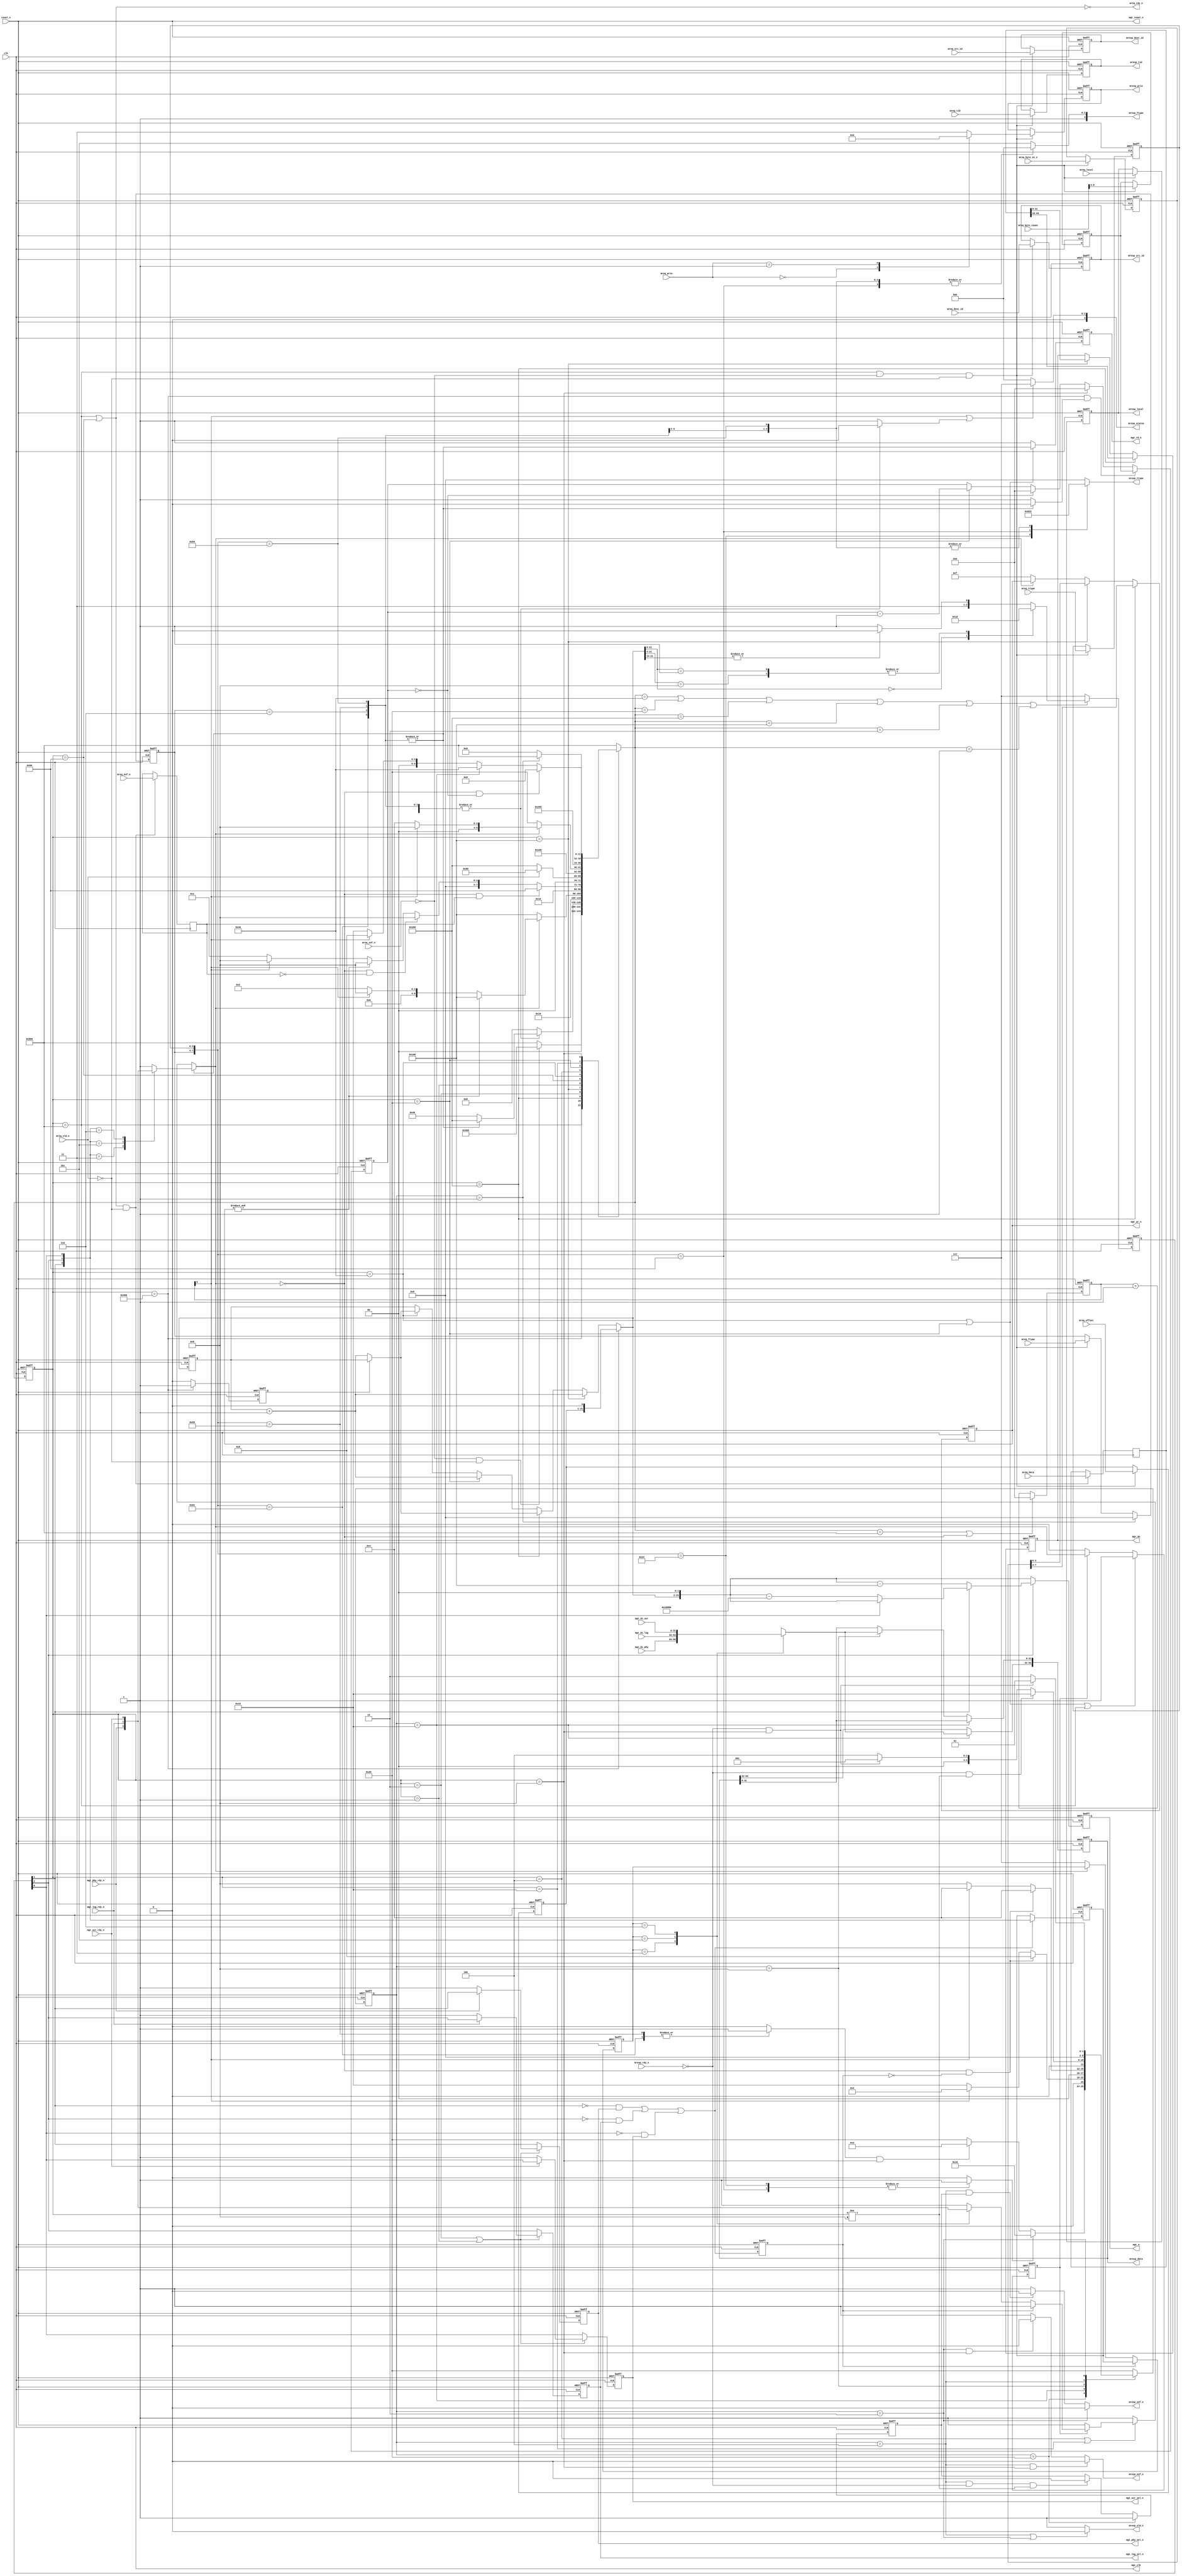
/******************************************************************************
  Copyright (c) 1995-2008 by Xilinx, Inc. All rights reserved.
  This text/file contains proprietary, confidential
  information of Xilinx, Inc., is distributed under license
  from Xilinx, Inc., and may be used, copied and/or
  disclosed only pursuant to the terms of a valid license
  agreement with Xilinx, Inc. Xilinx hereby grants you a
  license to use this text/file solely for design, simulation,
  implementation and creation of design files limited
  to Xilinx devices or technologies. Use with non-Xilinx
  devices or technologies is expressly prohibited and
  immediately terminates your license unless covered by
  a separate agreement.

  Xilinx is providing this design, code, or information
  "as-is" solely for use in developing programs and
  solutions for Xilinx devices, with no obligation on the
  part of Xilinx to provide support. By providing this design,
  code, or information as one possible implementation of
  this feature, application or standard, Xilinx is making no
  representation that this implementation is free from any
  claims of infringement. You are responsible for
  obtaining any rights you may require for your implementation.
  Xilinx expressly disclaims any warranty whatsoever with
  respect to the adequacy of the implementation, including
  but not limited to any warranties or representations that this
  implementation is free from claims of infringement, implied
  warranties of merchantability or fitness for a particular
  purpose.

  Xilinx products are not intended for use in life support
  appliances, devices, or systems. Use in such applications is
  expressly prohibited.

  Any modifications that are made to the Source Code are
  done at the user sole risk and will be unsupported.

  This copyright and support notice must be retained as part
  of this text at all times. (c) Copyright 1995-2008 Xilinx, Inc.
  All rights reserved.

       File:  reg_manager.v
        Rev:  $REV$
Description:  The Register Manager provides read and write access to the
              entire RapidIO configuration space through a single interface.
              It acts as a master on a maintenance bus connecting the
              configuration ports of all RapidIO layers as well as one user
              agent potentially mapped into the configuration space.

******************************************************************************/
`timescale 1 ps / 1 ps

module reg_manager #(
  parameter TCQ = 100
)(
  /*AUTOARG*/
  // Inputs
  clk, reset_n,
  mreq_sof_n, mreq_eof_n, mreq_vld_n, mreq_local, mreq_ftype, mreq_ttype,
  mreq_src_id, mreq_dest_id, mreq_tid, mreq_prio, mreq_byte_count, 
  mreq_byte_en_n,mreq_data, mreq_offset, mresp_rdy_n,
  mgt_phy_rdy_n, mgt_log_rdy_n, mgt_usr_rdy_n, mgt_di_phy, mgt_di_log,
  mgt_di_usr,

  // Ouputs
  mresp_sof_n, mresp_eof_n, mresp_vld_n, mresp_local, mresp_ftype,
  mresp_ttype, mresp_dest_id, mresp_src_id, mresp_tid, mresp_prio, 
  mresp_status, mresp_data, mreq_rdy_n,
  mgt_clk, mgt_reset_n, mgt_a, mgt_do, mgt_wr_n, mgt_rd_n, mgt_phy_sel_n,
  mgt_log_sel_n, mgt_usr_sel_n
);

  // Physical layer offset
  localparam PHY_OFFSET = 12'h100;

  // User Space
  localparam RM_USER_SPACE_MAPPED = 1;
  localparam USR_OFFSET           = 20'h1_0000;

  // Receive state machine state
  localparam REG_RX_IDLE     = 12'h800;
  localparam RX_DECODE       = 12'h400;
  localparam RX_W0           = 12'h200;
  localparam RX_W1           = 12'h100;
  localparam RX_GDATA        = 12'h080;
  localparam RX_R0           = 12'h040;
  localparam RX_R1           = 12'h020;
  localparam RX_TX           = 12'h010;
  localparam RX_WAIT         = 12'h008;
  localparam RX_R0_WAIT      = 12'h004;
  localparam RX_W0_WAIT      = 12'h002;
  localparam RX_W1_WAIT      = 12'h001;

  // Transmit state machine states
  localparam TX_IDLE         = 6'b100000;
  localparam TX_GET_D0       = 6'b010000;
  localparam TX_GET_D1       = 6'b001000;
  localparam TX_SEND_PACKET  = 6'b000100;
  localparam TX_STATUS_RESP  = 6'b000010;
  localparam TX_DONE         = 6'b000001;

  //------------------------------------------------------------------------------
  // Port declaration

  // Response path
  output          mresp_sof_n;
  output          mresp_eof_n;
  output          mresp_vld_n;
  output          mresp_local;
  output  [0:3]   mresp_ftype;
  output  [0:3]   mresp_ttype;
  output  [0:15]  mresp_dest_id;
  output  [0:15]  mresp_src_id;
  output  [0:7]   mresp_tid;
  output  [0:1]   mresp_prio;
  output  [0:3]   mresp_status;
  output  [0:63]  mresp_data;
  // Request path
  output          mreq_rdy_n;
  // Management path
  output          mgt_clk;
  output          mgt_reset_n;
  output  [0:23]  mgt_a;
  output  [0:31]  mgt_do;
  output  [0:3]   mgt_wr_n;
  output          mgt_rd_n;
  output          mgt_phy_sel_n;
  output          mgt_log_sel_n;
  output          mgt_usr_sel_n;

  // System
  input           clk;
  input           reset_n;
  // Request path
  input           mreq_sof_n;
  input           mreq_eof_n;
  input           mreq_vld_n;
  input           mreq_local;
  input   [0:3]   mreq_ftype;
  input   [0:3]   mreq_ttype;
  input   [0:15]  mreq_src_id;
  input   [0:15]  mreq_dest_id;
  input   [0:7]   mreq_tid;
  input   [0:1]   mreq_prio;
  input   [0:8]   mreq_byte_count;
  input   [0:7]   mreq_byte_en_n;
  input   [0:63]  mreq_data;
  input   [0:20]  mreq_offset;
  // Response path
  input           mresp_rdy_n;
  // Management path
  input   [0:31]  mgt_di_phy;
  input   [0:31]  mgt_di_log;
  input   [0:31]  mgt_di_usr;
  input           mgt_phy_rdy_n;
  input           mgt_log_rdy_n;
  input           mgt_usr_rdy_n;


  //------------------------------------------------------------------------------
  // Register and Wire Definition
  reg             mreq_eof_q_n;
  reg             mreq_local_q;
  reg     [0:3]   mreq_ftype_q;
  reg     [0:3]   mreq_ttype_q;
  reg     [0:15]  mreq_src_id_q;
  reg     [0:15]  mreq_dest_id_q;
  reg     [0:7]   mreq_tid_q;
  reg     [0:1]   mreq_prio_q;
  reg     [0:5]   mreq_byte_count_q;
  reg     [0:7]   mreq_byte_en_q_n;
  reg     [0:63]  mreq_data_q;
  reg     [0:20]  mreq_offset_q;
  reg     [0:23]  mgt_a;
  reg     [0:31]  mgt_do;

  reg     [0:21]  word_addr_counter, q_word_addr_counter;
  reg             first_time, q_first_time;

  reg     [5:0]   time_out_cntr;
  wire            req_timeout;
  reg             mgt_rd_n;

  reg     [0:5]   tx_cs;
  reg     [0:5]   tx_ns;

  reg     [0:11]   rx_cs;
  reg     [0:11]   rx_ns;

  reg             read_req;
  reg             command_error;

  reg     [0:3]   mgt_wr_n;
  reg     [0:2]   hit_n;
  reg     [0:2]   q_hit_n;

  reg     [0:5]   req_dword_rem;
  reg             mgt_phy_sel_n;
  reg             mgt_log_sel_n;
  reg             mgt_usr_sel_n;
  wire            mgt_phy_sel_n_wire;
  wire            mgt_log_sel_n_wire;
  wire            mgt_usr_sel_n_wire;

  wire            mgt_phy_sel_fall;
  wire            mgt_log_sel_fall;
  wire            mgt_usr_sel_fall;
  wire            sel_fell;
  reg             sel_fell_q;
  reg     [0:2]   sel_bus, sel_bus_q;

  reg             rdy_n;

  reg     [0:3]   mresp_ftype;
  reg     [0:3]   mresp_ttype;
  reg     [0:3]   mresp_status;

  reg             mresp_sof_n;
  reg             mresp_eof_n;
  reg             mresp_vld_n;

  reg             resp_w_data ;
  reg             resp_wo_data;

  reg     [0:63]  mresp_data;
  reg     [0:31]  mgt_rx_data;
  reg             rdy_q_n;
  reg             first_packet;
  reg  [0:1]      next_resp_prio;


  //------------------------------------------------------------------------------
  // Output assignments

  assign  mgt_clk         = clk;
  assign  mgt_reset_n     = reset_n;
  assign  mresp_dest_id   = mreq_src_id_q;
  assign  mresp_src_id    = mreq_dest_id_q;
  assign  mresp_tid       = mreq_tid_q;
  assign  mresp_prio      = mreq_prio_q;
  assign  mresp_local     = mreq_local_q;
  assign  mreq_rdy_n      = !(rx_cs == REG_RX_IDLE | rx_cs == RX_GDATA);



  //------------------------------------------------------------------------------
  // RECEIVE STATE MACHINE
  //
  // The receive state machine is used to receive packets from the MREQ port
  // and then perform the correct operations on the mgt port for reads and
  // writes.
  //
  // This state machine operates in conjunction with the TRANSMIT STATE
  // MACHINE when a received packet requires a response.  The types of
  // responses may or may not contain data.

  // Register for state machine
  always @(posedge clk or negedge reset_n)
    begin
      if (!reset_n)
        rx_cs                <= #TCQ REG_RX_IDLE;
      else
        rx_cs                <= #TCQ rx_ns;
    end

  // Next state logic
  always @*
    begin
      case (rx_cs)
        REG_RX_IDLE: begin
          // When we receive a packet, go to the decode state
          if (!mreq_sof_n & !mreq_vld_n)
            rx_ns = RX_DECODE;
          else
            rx_ns = REG_RX_IDLE;
          end

        // Decode the type of packet (read or write)
        RX_DECODE: begin
          // If the ftype or ttype is not recognized,
          // Do not do anything.  Wait for an error
          // to be signaled
          if (command_error)
            rx_ns = RX_WAIT;
          // If it is not a read, go the write state
          else if (!read_req)
            rx_ns = RX_W0;
          // If it is a read, go to the read state
          else
            rx_ns = RX_R0;
          end

        // Delay by 1 cycle because of pipelining in other signals
        RX_W0: begin
           rx_ns = RX_W0_WAIT;
        end


        // Write dword 0 to the mgt port
        RX_W0_WAIT: begin
          // In the write dword 0 state, stay hear until the write is confirmed
          if (!rdy_n)
            rx_ns = RX_W1;
          // We need this because there might be no DWORD0 to write, but a DWORD1 only...
          // so we need to progress right away..
          else if (&mgt_wr_n)
            rx_ns = RX_W1;
          // If the write is not confirmed before the timeout, send back an
          // error
          else if (req_timeout)
            rx_ns = RX_WAIT;
          else
            //rx_ns = RX_W0;
            rx_ns = RX_W0_WAIT;
          end

        // Delay by 1 cycle because of pipelining in other signals
        RX_W1: begin
           rx_ns = RX_W1_WAIT;
        end


        // Write dword 1 to the mgt port
        RX_W1_WAIT: begin
          // Write dword 1 has happened and it was not the last dword
          // so go to the get more data state
          if (!rdy_n & mreq_eof_q_n)
            rx_ns = RX_GDATA;
          // The last packet is accepted, wait for a response to be
          // sent back
          else if (!rdy_n & !mreq_eof_q_n)
            rx_ns = RX_WAIT;
          // There is nothing to write
          else if (&mgt_wr_n)
            rx_ns = RX_WAIT;
          // If the write is not confirmed before the timeout, send back an
          // error
          else if (req_timeout)
            rx_ns = RX_WAIT;
          else
            rx_ns = RX_W1_WAIT;
          end

        // Need to get more data to write
        RX_GDATA: begin
          // Once we receive more data, go to the write states to write it
          if (!mreq_vld_n)
            rx_ns = RX_W0;
          else
            rx_ns = RX_GDATA;
          end

        //  Place read request on mgt port for one clock cycle
        RX_R0: begin
            rx_ns = RX_R0_WAIT;
          end

        // Wait for the read to complete
        RX_R0_WAIT: begin
          // If ready is asserted, the read from dword 0 is complete
          if (!rdy_n)
            rx_ns = RX_R1;
          // If the read is not confirmed before the timeout, send back an
          // error
          else if (req_timeout)
            rx_ns = RX_WAIT;
          else
            rx_ns = RX_R0_WAIT;
          end

        // Place read request on mgt port for one clock cycle
        RX_R1: begin
         // if logical read, need to wait an extra clk cycle
            rx_ns = RX_TX;
         end

        // This state is used when waiting for dword 1 to be read.
        // If there are no more dwords to be read once dword 1 is read,
        // we go towait state while the final packet is sent out the
        // mresp port.
        //
        // If there is more data to be sent, we wait until the TX state
        // machine has sent the data packet and is ready to accept new data.
        //
        // Finally, if the read does not happen and a timeout occurs, go
        // to the wait state and wait for an error to be sent back
        RX_TX: begin
          if (!rdy_n & req_dword_rem == 0)
            rx_ns = RX_WAIT;
          else if (tx_cs == TX_GET_D0)
            rx_ns = RX_R0;
          else if (req_timeout)
            rx_ns = RX_WAIT;
          else
            rx_ns = RX_TX;
          end

        // Wait in this state until the TX state machine has sent the packet
        // on the mresp port
        RX_WAIT: begin
          if (tx_cs == TX_DONE)
            rx_ns = REG_RX_IDLE;
          else
            rx_ns = RX_WAIT;
          end

          default: begin
            rx_ns = REG_RX_IDLE;
            end

        endcase
    end

  //------------------------------------------------------------------------------
  // TRANSMIT STATE MACHINE
  //
  // This state machine is used to when responses are necessary.
  // These responses include responses to writes as well as data
  // for read requests
  //
  // A possible problem with this setup is that read requests
  // that do not error out on the first packet of a response can
  // not signal an error if there is a problem with subsequent data.
  //
  // One way around this would be to buffer all data to be sent on
  // the mresp port before sending it.  The current implementation
  // sends data to the mresp port as soon as it is received from the
  // mgt port.  This saves resources at the expense of not handling
  // exceptions very well.
  //
  // In case there is an error during the read, the last qword of
  // data will be sent and the packet is ended prematurely
  //
  // Another possible problem is that for streaming writes that have
  // a timeout, an error packet will be created and sent back to the
  // sender.  However, all registers up to the register that timed
  // out will have been written.

  // Register for state machine
  always @(posedge clk or negedge reset_n)
    begin
      if (!reset_n)
        tx_cs                <= #TCQ TX_IDLE;
      else
        tx_cs                <= #TCQ tx_ns;
    end

  // Next state logic
  always @*
     case (tx_cs)

        // If we have a read that requires data, get ready
        // to receive data.
        // If we just need to send a status response, wait until the
        // RX state machine is done receiving data correctly and is going to
        // transition into the RX_WAIT state.
        TX_IDLE: begin
          if (resp_w_data)
            tx_ns = TX_GET_D0;
          else if (resp_wo_data & rx_cs == RX_WAIT) // Can wait for the current state
            tx_ns = TX_STATUS_RESP;
          else
            tx_ns = TX_IDLE;
          end

        // Wait for dword 0 of the read packet.  If there is a timeout,
        // send the packet short.
        TX_GET_D0: begin
          if(!rdy_n && !sel_fell_q)
            tx_ns = TX_GET_D1;
          else if (req_timeout)
            tx_ns = TX_SEND_PACKET;
          else
            tx_ns = TX_GET_D0;
          end

        // Wait for dword 1 of the read packet.  If there is a timeout,
        // send the packet short.
        TX_GET_D1: begin
          if(!rdy_n && !sel_fell_q)
            tx_ns = TX_SEND_PACKET;
          else if (req_timeout)
            tx_ns = TX_SEND_PACKET;
          else
            tx_ns = TX_GET_D1;
          end

        // Dword 0 and Dword 1 are full and ready to be sent to the MRESP
        // port.  If the receiver is not in the wait state (more data to read)
        // and the packet has been accepted, get ready to accept more data.
        //
        // If data is accepted and the RX state machine is done receiving
        // data, go to the idle state.
        //
        // Other wise, continue to try and send the packet on the mresp port.
        TX_SEND_PACKET: begin
          if(!mresp_rdy_n & rx_cs != RX_WAIT)
            tx_ns = TX_GET_D0;
          else if (!mresp_rdy_n & rx_cs == RX_WAIT)
            tx_ns = TX_DONE;
          else
            tx_ns = TX_SEND_PACKET;
          end

        // This state is used to send single cycle status responses.
        // These responses include errors and write completions.
        TX_STATUS_RESP: begin
          if (!mresp_rdy_n & rx_cs == RX_WAIT)
            tx_ns = TX_DONE;
          else
            tx_ns = TX_STATUS_RESP;
          end

        // Signal the RX to finish
        TX_DONE: begin
            tx_ns = TX_IDLE;
          end

          default: tx_ns = TX_IDLE;

      endcase

  //------------------------------------------------------------------------------
  // MREQ Capture registers

   always@( mreq_prio )
   begin
      case(mreq_prio[0:1])
         2'b00   : next_resp_prio[0:1] = 2'b01;
         2'b01   : next_resp_prio[0:1] = 2'b10;
         default : next_resp_prio[0:1] = 2'b11;
      endcase
   end

  // Capture the data from MREQ port
  always @(posedge clk or negedge reset_n)
    begin
      if (!reset_n)
        begin
          mreq_local_q          <= #TCQ 1'b0;
          mreq_ttype_q          <= #TCQ 4'h0;
          mreq_src_id_q         <= #TCQ 16'h0;
          mreq_dest_id_q        <= #TCQ 16'h0;
          mreq_tid_q            <= #TCQ 8'h0;
          mreq_prio_q           <= #TCQ 2'b00;
          mreq_byte_count_q     <= #TCQ 6'h0;
          mreq_byte_en_q_n      <= #TCQ 8'hFF;
          mreq_offset_q         <= #TCQ 21'h0;
        end
      else if(rx_cs == REG_RX_IDLE & !mreq_sof_n && !mreq_vld_n)
        begin
          mreq_local_q          <= #TCQ mreq_local;
          mreq_ttype_q          <= #TCQ mreq_ttype;
          mreq_src_id_q         <= #TCQ mreq_src_id;
          mreq_dest_id_q        <= #TCQ mreq_dest_id;
          mreq_tid_q            <= #TCQ mreq_tid;
          mreq_prio_q[0:1]      <= #TCQ next_resp_prio[0:1];
          mreq_byte_count_q     <= #TCQ mreq_byte_count[0:5];
          mreq_byte_en_q_n      <= #TCQ mreq_byte_en_n;
          mreq_offset_q         <= #TCQ mreq_offset;
        end
    end

  // Capture FTYPE from the MREQ port
  // Since the ftype is used to determine if a response is needed, it
  // is cleared when the last dword of a packet is accepted on the MRESP
  // port
  always @(posedge clk or negedge reset_n)
    begin
      if (!reset_n)
        mreq_ftype_q          <= #TCQ 4'h0;
      else if (tx_cs == TX_DONE)
        mreq_ftype_q          <= #TCQ 4'h0;
      else if(rx_cs == REG_RX_IDLE & !mreq_sof_n && !mreq_vld_n)
        mreq_ftype_q          <= #TCQ mreq_ftype;
    end

  // While fields like address are only captured on the first clock cycle,
  // eof and data are captured whenever there is valid data.
  always @(posedge clk)
    begin
       if((rx_cs == REG_RX_IDLE | rx_cs == RX_GDATA) & !mreq_vld_n)
        begin
          mreq_eof_q_n  <= #TCQ mreq_eof_n;
          mreq_data_q   <= #TCQ mreq_data;
        end
    end


  //------------------------------------------------------------------------------
  // Address Normalization

  // Manage the address for extended space registers.  If an address  hits the extended
  // space registers, normalize back to zero for that space.
  always @(posedge clk or negedge reset_n) begin
    if (!reset_n)
      mgt_a <= #TCQ 0;
    else begin
      if (!mgt_log_sel_n_wire)
        mgt_a <= #TCQ {word_addr_counter, 2'b00};
      else if (!mgt_phy_sel_n_wire)
        mgt_a <= #TCQ {word_addr_counter, 2'b00} - PHY_OFFSET;
      else if (!mgt_usr_sel_n_wire)
        mgt_a <= #TCQ {word_addr_counter, 2'b00} - USR_OFFSET;
      else
        mgt_a <= #TCQ {word_addr_counter, 2'b00};
    end
  end


  //------------------------------------------------------------------------------
  // Read Request/Write Request Signal generation

  // Determine if we should signal a read to the register space
  // Reads are only scheduled for one clock cycle
  always @(posedge clk or negedge reset_n) begin
    if (!reset_n)
      mgt_rd_n <= #TCQ 1'b1;
    else begin
      if (rx_cs == RX_R0 | rx_cs == RX_R1)
        mgt_rd_n <= #TCQ !read_req;
      else
        mgt_rd_n <= #TCQ 1'b1;
    end
  end

  // Determine if we should signal a write to the register space
  // Writes are signaled until they are accepted by the appropriate
  // ready signal being asserted from the register space.
  always @(posedge clk or negedge reset_n) begin
    if (!reset_n)
      mgt_wr_n <= #TCQ 4'hF;
    else begin 
      if (rx_cs == RX_W0)
        mgt_wr_n <= #TCQ mreq_byte_en_q_n[0:3];
      else if (rx_cs == RX_W1)
        mgt_wr_n <= #TCQ mreq_byte_en_q_n[4:7];
      else if (!rdy_n)
        mgt_wr_n <= #TCQ 4'hF;
    end
  end

  // Mux MREQ data to MGT_DO based on if it is the first or second dword
  always @(posedge clk or negedge reset_n) begin
    if (!reset_n)
      mgt_do <= #TCQ 0;
    else begin
      if (rx_cs == RX_W0)
        mgt_do <= #TCQ mreq_data_q[0:31];
      else if (rx_cs == RX_W1)
        mgt_do <= #TCQ mreq_data_q[32:63];
    end
  end

  // Loadable address counter used to address the register space
  always @(posedge clk or negedge reset_n)
    begin
      if (!reset_n) begin
         q_word_addr_counter <= #TCQ 22'h000000;
         q_first_time        <= #TCQ 1'b0;
      end
      else begin
         q_word_addr_counter <= #TCQ word_addr_counter;
         q_first_time        <= #TCQ first_time;
      end
    end

  always @*
     begin
      if (rx_cs == RX_DECODE) begin
        // Load the counter
        word_addr_counter = {mreq_offset_q, 1'b0};
        first_time        = 1'b1;
      end

      // MGT WRITE
      // Increment the counter when we transition from RX_W0
      // to RX_W1.  The counter should only be incremented
      // on the transition.
      else if (rx_cs == RX_W1) begin
         word_addr_counter = q_word_addr_counter + 1'b1;
         first_time        = 1'b0;
      end

      // MGT WRITE
      // Increment the counter when we transition from RX_GDATA
      // to RX_W0.  The counter should only be incremented
      // on the transition.
      else if (rx_cs == RX_W0) begin
        word_addr_counter = q_first_time ? q_word_addr_counter
                                       : q_word_addr_counter + 1'b1;
        first_time        = 1'b0; // Shouldn't transisition on first iteration
      end

      // MGT READ
      // Increment the counter when in RX_R0_WAIT and
      // transitions to RX_R1
      else if (rx_cs == RX_R1) begin
        word_addr_counter = q_word_addr_counter + 1'b1;
        first_time        = 1'b0;
      end

      // MGT READ
      // Increment the counter when in RX_TX and
      // transitions to RX_R0
      else if (rx_cs == RX_R0) begin
        word_addr_counter = q_first_time ? q_word_addr_counter
                                       : q_word_addr_counter + 1'b1;
        first_time        = 1'b0; // Shouldn't transisition on first iteration
      end

      else begin
        word_addr_counter = q_word_addr_counter;
        first_time        = 1'b0;
      end
  end

  // Determine how many dwords would remain after the read at the first addr
  always @(posedge clk or negedge reset_n)
    begin
      if (!reset_n)
        req_dword_rem <= #TCQ  6'h0;
      // Load the counter if it is a read
      else if (rx_cs == RX_DECODE & read_req)
        req_dword_rem <= #TCQ mreq_byte_count_q;
      // Clear the counter in the wait state
      else if (rx_cs == RX_WAIT)
        req_dword_rem <= #TCQ  6'h0;
      // Do not underflow the counter
      else if (req_dword_rem == 6'b0)
        req_dword_rem <= #TCQ  6'h0;
      // Subtract from the counter when in RX_R1.  By design, we are only
      // in RX_R1 for one clock cycle.
      else if (rx_cs == RX_R1)
        req_dword_rem <= #TCQ req_dword_rem - 1'b1;
    end

  //------------------------------------------------------------------------------
  // Detect what config space is targeted by the address counter
  always @(rx_ns or word_addr_counter)
      if (rx_ns == RX_R0 |
          rx_ns == RX_R1 |
          rx_ns == RX_W0 |
          rx_ns == RX_W1 |
          rx_ns == RX_W0_WAIT |
          rx_ns == RX_W1_WAIT)
        hit_n <= #TCQ HIT(word_addr_counter[0:20]);
      else
        hit_n <= #TCQ 3'b111;

  always @(posedge clk or negedge reset_n) begin
    if (!reset_n)
      q_hit_n <= #TCQ 3'h7;
    else begin
      q_hit_n <= #TCQ hit_n;
    end
  end

  // Management bus select definition
  assign mgt_log_sel_n_wire  = q_hit_n[0];
  assign mgt_phy_sel_n_wire  = q_hit_n[1];
  assign mgt_usr_sel_n_wire  = q_hit_n[2];

  //------------------------------------------------------------------------------
  // RDY Select Logic

  // This logic selects the correct "rdy" to look at based on the type
  // of packet received and the address space that is configured.  The
  // rdy can be valid starting on the clock cycle after the command is
  // presented.
  //
  // Some of this logic is necessary for the possibility that the ready from
  // one of the modules is always asserted.  If this is the case, we need
  // to make sure to only look at the ready when it is a valid response to out
  // command

  always @*
    begin
      // If it is a write
      if (!read_req)
        begin
          case ({mgt_phy_sel_n_wire, mgt_log_sel_n_wire, mgt_usr_sel_n_wire})
            3'b011: rdy_n = mgt_phy_rdy_n;
            3'b101: rdy_n = mgt_log_rdy_n;
            3'b110: rdy_n = mgt_usr_rdy_n;
            default: rdy_n = 1'b1;
          endcase
        end
      else
        begin
          // If it is a read, we want to only see the first
          // asserted ready signal.  After that, ready should
          // be de-asserted.  While waiting for a response for
          // a read
          if (rx_cs == RX_R0_WAIT | rx_cs == RX_TX)
            begin
              // First ready signal was seen on prev clock cycle so de-assert
              // rdy_n
              if (!rdy_q_n)
                rdy_n = 1'b1;
              else if (!sel_fell_q)
                begin
                  case (sel_bus_q)
                    3'b011: rdy_n = mgt_phy_rdy_n;
                    3'b101: rdy_n = mgt_log_rdy_n;
                    3'b110: rdy_n = mgt_usr_rdy_n;
                    default: rdy_n = 1'b1;
                  endcase
                end
              else begin
                rdy_n = rdy_q_n;
              end
            end
          // Otherwise rdy_n is de_asserted
          else
            rdy_n = 1'b1;
        end
    end

  // Used in determining the value of rdy_q_n.  This is used
  // to de-assert rdy_n if it has already been seen in a previous
  // clock cycle.
  always @(posedge clk or negedge reset_n)
    begin
      if (!reset_n)
        rdy_q_n <= #TCQ 1'b1;
      else if (rx_cs == RX_R0 | rx_cs == RX_R1 | rx_cs ==REG_RX_IDLE)
        rdy_q_n <= #TCQ 1'b1;
      else if (!rdy_q_n)
        rdy_q_n <= #TCQ 1'b0;
      else
        rdy_q_n <= #TCQ rdy_n;
    end

  // Register selects to be used in finding the falling edge.  Since
  // the live select lines go away for reads, we use a registered version
  // for read transaction.  These select lines change whenever there is a
  // falling edge on one of them.  The select are mutually exclusive

  // Simple register
  always @(posedge clk or negedge reset_n)
    begin
      if (!reset_n)
        begin
          mgt_phy_sel_n <= #TCQ 1'b1;
          mgt_log_sel_n <= #TCQ 1'b1;
          mgt_usr_sel_n <= #TCQ 1'b1;
        end
      else
        begin
          if ((rx_cs == RX_W0_WAIT || rx_cs == RX_W1_WAIT))
          begin
             if (~mgt_phy_rdy_n)
                mgt_phy_sel_n <= #TCQ 1'b1;
             else
                mgt_phy_sel_n <= #TCQ mgt_phy_sel_n_wire;

             if (~mgt_log_rdy_n)
                mgt_log_sel_n <= #TCQ 1'b1;
             else
                mgt_log_sel_n <= #TCQ mgt_log_sel_n_wire;

             if (~mgt_usr_rdy_n)
                mgt_usr_sel_n <= #TCQ 1'b1;
             else
                mgt_usr_sel_n <= #TCQ mgt_usr_sel_n_wire;
          end
          else
          begin
             mgt_phy_sel_n <= #TCQ mgt_phy_sel_n_wire;
             mgt_log_sel_n <= #TCQ mgt_log_sel_n_wire;
             mgt_usr_sel_n <= #TCQ mgt_usr_sel_n_wire;
          end
        end
    end

  // Falling edge logic
  assign mgt_phy_sel_fall = !mgt_phy_sel_n_wire & mgt_phy_sel_n;
  assign mgt_log_sel_fall = !mgt_log_sel_n_wire & mgt_log_sel_n;
  assign mgt_usr_sel_fall = !mgt_usr_sel_n_wire & mgt_usr_sel_n;

  assign sel_fell = mgt_phy_sel_fall | mgt_log_sel_fall | mgt_usr_sel_fall;


  always@(posedge clk or negedge reset_n) begin
    if (!reset_n)
      sel_fell_q <= #TCQ 1'b0;
    else
      sel_fell_q <= #TCQ sel_fell;
  end

  // Selecting which select line to use
  always@(posedge clk or negedge reset_n) begin
    if (!reset_n)
      sel_bus <= #TCQ 3'b111;
    else if (sel_fell)
      sel_bus <= #TCQ {mgt_phy_sel_n_wire, mgt_log_sel_n_wire, mgt_usr_sel_n_wire};

  end

  always@(posedge clk or negedge reset_n) begin
    if (!reset_n)
      sel_bus_q <= #TCQ 3'b111;
    else if (sel_fell_q)
      sel_bus_q <= #TCQ sel_bus;
    else if (!rdy_n)
      sel_bus_q <= #TCQ 3'b111;
  end

  //------------------------------------------------------------------------------
  // MRESP status registers

  // Used to determine whether or not to assert mresp_sof.
  always @(posedge clk or negedge reset_n)
    begin
      if (!reset_n)
        first_packet <= #TCQ 1'b0;
      else if (tx_cs == TX_IDLE)
        first_packet <= #TCQ 1'b1;
      else if (tx_cs == TX_SEND_PACKET & !mresp_rdy_n & rx_cs != RX_WAIT)
      // Can wait for the transition since it is gated w/ SEND_PACKET state
        first_packet <= #TCQ 1'b0;
    end

  //------------------------------------------------------------------------------
  // MRESP Control Signals

  // SOF generation - Assert SOF if it is a single cycle status packet or it is
  // a read and it is the first quad word of data
  always@(tx_cs or first_packet)
    begin
      if (tx_cs == TX_STATUS_RESP)
        mresp_sof_n = 1'b0;
      else if (tx_cs == TX_SEND_PACKET & first_packet)
        mresp_sof_n = 1'b0;
      else
        mresp_sof_n = 1'b1;
    end

  // EOF generation - The receiver is done receiving data and this is the last
  // packet to be sent
  always@(tx_cs or rx_cs)
    begin
      if (tx_cs == TX_SEND_PACKET & rx_cs == RX_WAIT)
        mresp_eof_n = 1'b0;
      else if (tx_cs == TX_STATUS_RESP & rx_cs == RX_WAIT)
        mresp_eof_n = 1'b0;
      else
        mresp_eof_n = 1'b1;
    end

  // VLD generation - There is valid data on the mresp port.
  always@(tx_cs)
    begin
      if (tx_cs == TX_SEND_PACKET | tx_cs == TX_STATUS_RESP)
        mresp_vld_n = 1'b0;
      else
        mresp_vld_n = 1'b1;
    end

  // FTYPE, TTYPE and STATUS generation
  // This logic determines the type of ftype, ttype and status to put on
  // the mresp port.  What is placed on these ports depends on if there
  // were errors detected or not.

  always @(req_timeout or command_error or mreq_ftype_q or mreq_ttype_q)
    begin
      if (req_timeout | command_error)
        begin
          casex ({mreq_ftype_q, mreq_ttype_q})

            8'h2_4: begin                           // NREAD
              mresp_ftype        = 4'hD;            // response class
              mresp_ttype        = 4'h8;            // data payload
              mresp_status       = 4'h7;
            end

            8'h5_5: begin                           // NWRITE_R
              mresp_ftype        = 4'hD;            // response class
              mresp_ttype        = 4'h0;            // no data payload
              mresp_status       = 4'h7;
            end

            8'h8_0: begin                           // MAINT_READ
              mresp_ftype        = 4'h8;      // maintenance class
              mresp_ttype        = 4'h2;            // read response
              mresp_status       = 4'h7;
            end

            8'h8_1: begin                           // MAINT_WRITE
              mresp_ftype        = 4'h8;      // maintenance class
              mresp_ttype        = 4'h3;            // write response
              mresp_status       = 4'h7;
            end

            8'h5_4,  8'h6_x: begin                   // WRITE, SWRITE
              mresp_ftype        = 4'h8;
              mresp_ttype        = 4'h3;
              mresp_status       = 4'h7;
            end

            // Reserved combination
            default: begin
              mresp_ftype        = 4'hD;            // response class
              mresp_ttype        = 4'h0;            // no data payload
              mresp_status       = 4'h7;            // ERROR
            end

          endcase
        end
      else
        begin
          mresp_status       = 4'h0;
          casex ({mreq_ftype_q, mreq_ttype_q})

            8'h2_4: begin                            // NREAD
              mresp_ftype        = 4'hD;            // response class
              mresp_ttype        = 4'h8;            // data payload
            end

            8'h5_5: begin                           // NWRITE_R
              mresp_ftype        = 4'hD;            // response class
              mresp_ttype        = 4'h0;            // no data payload
            end

            8'h8_0: begin                           // MAINT_READ
              mresp_ftype        = 4'h8;            // maintenance class
              mresp_ttype        = 4'h2;            // read response
            end

            8'h8_1: begin                           // MAINT_WRITE
              mresp_ftype        = 4'h8;            // maintenance class
              mresp_ttype        = 4'h3;            // write response
            end

            8'h5_4,  8'h6_x: begin                   // WRITE, SWRITE
              mresp_ftype        = 4'h8;
              mresp_ttype        = 4'h3;
            end

            // Reserved combination
            default: begin
              mresp_ftype        = 4'hD;            // response class
              mresp_ttype        = 4'h0;            // no data payload
            end

          endcase
        end
    end

  //------------------------------------------------------------------------------
  // MRESP Data signals

  // This logic muxes the correct data to be stored from a read transaction
  always @(sel_bus_q or mgt_di_phy or mgt_di_usr or mgt_di_log)
    begin
      case (sel_bus_q)
        3'b011: mgt_rx_data = mgt_di_phy;
        3'b101: mgt_rx_data = mgt_di_log;
        3'b110: mgt_rx_data = mgt_di_usr;
        default: mgt_rx_data = 32'hx;
      endcase
    end

  // This logic fills the upper and lower dword with the
  // correct data.
  always @(posedge clk or negedge reset_n)
    begin
      if (!reset_n)
        mresp_data <= #TCQ 64'h0;
      else if (tx_cs == TX_GET_D0)
        mresp_data[0:31] <= #TCQ mgt_rx_data;
      else if (tx_cs == TX_GET_D1)
        mresp_data[32:63] <= #TCQ mgt_rx_data;
    end

  //------------------------------------------------------------------------------
  // Response Type Decode

  // This logic determines if the response should be with or without data,
  // or if there is no need for a response at all
  always @(mreq_ftype_q or mreq_ttype_q)
    begin
      casex ({mreq_ftype_q, mreq_ttype_q})

            8'h2_4: begin                           // NREAD
              resp_w_data  = 1'b1;
              resp_wo_data = 1'b0;
            end

            8'h5_5: begin                           // NWRITE_R
              resp_w_data  = 1'b0;
              resp_wo_data = 1'b1;
            end

            8'h8_0: begin                           // MAINT_READ
              resp_w_data  = 1'b1;
              resp_wo_data = 1'b0;
            end

            8'h8_1: begin                           // MAINT_WRITE
              resp_w_data  = 1'b0;
              resp_wo_data = 1'b1;
            end

            8'h5_4,  8'h6_x: begin                   // WRITE, SWRITE
              resp_w_data  = 1'b0;
              resp_wo_data = 1'b0;
            end

            // Reserved combination
            default: begin
              resp_w_data  = 1'b0;
              resp_wo_data = 1'b0;
            end

      endcase
    end

  //------------------------------------------------------------------------------
  // Packet type decode

  // This logic determines if the packet is a read or a write depending
  // on the ftype and ttype.  Unknown packet ftypes cause an error
  // to be signaled.
  always @(mreq_ftype_q or mreq_ttype_q)
    begin

      casex ({mreq_ftype_q, mreq_ttype_q})
        8'h2_4, 8'h8_0: begin
          command_error   = 0;
          read_req   = 1;
        end
        8'h5_4, 8'h5_5, 8'h6_x, 8'h8_1: begin
          command_error   = 0;
          read_req   = 0;
        end
        // Default is a read so as not to corrupt any data
        default: begin
          command_error   = 1;
          read_req   = 1;
        end
      endcase

    end


  //------------------------------------------------------------------------------
  // Timeout counter

  // If an address space is addressed that does not exist, a response
  // will never happen.  Timeout expires when this happens.
  always @(posedge clk or negedge reset_n) begin
    if (!reset_n)
      time_out_cntr <= #TCQ 6'h0;
    // Read discard or write discard or idle state
    else if (rx_ns == REG_RX_IDLE | !rdy_n)
      time_out_cntr <= #TCQ 6'h0;
    else 
      time_out_cntr <= #TCQ time_out_cntr + 1'b1;
    end

  assign req_timeout = time_out_cntr[5];

  //------------------------------------------------------------------------------
  // Decode address mapping function
  //
  // This function determines if one of the bar spaces is hit.  It assumes that
  // the PHY is mapped to offset 0x100.  If this is not the case, this function
  // will need to be changed to the appropriate offset.
  //
  // If the user space is enabled and no configuration address is hit, the user
  // space is hit.

  function [0:2] HIT;
  input [0:20] addr;    // offset given in dwords
    begin
      casex (addr[0:19])

        //  0000 0000 0011 1111 1111    addr tens
        //  0123 4567 8901 2345 6789    addr units
        20'b0000_0000_0000_0000_????: HIT  = 3'b011; // LOG (CAR, CSR) & TRP (CSR)

        20'b0000_0000_0000_0001_????,
        20'b0000_0000_0000_0010_00??: HIT = 3'b101; // PHY mapped to 0x100

        default:
          begin
            if (|addr[0:7] & RM_USER_SPACE_MAPPED)
              HIT = 3'b110; // USER
            else
              HIT = 3'b111; // no hit
          end
      endcase
    end
  endfunction


endmodule